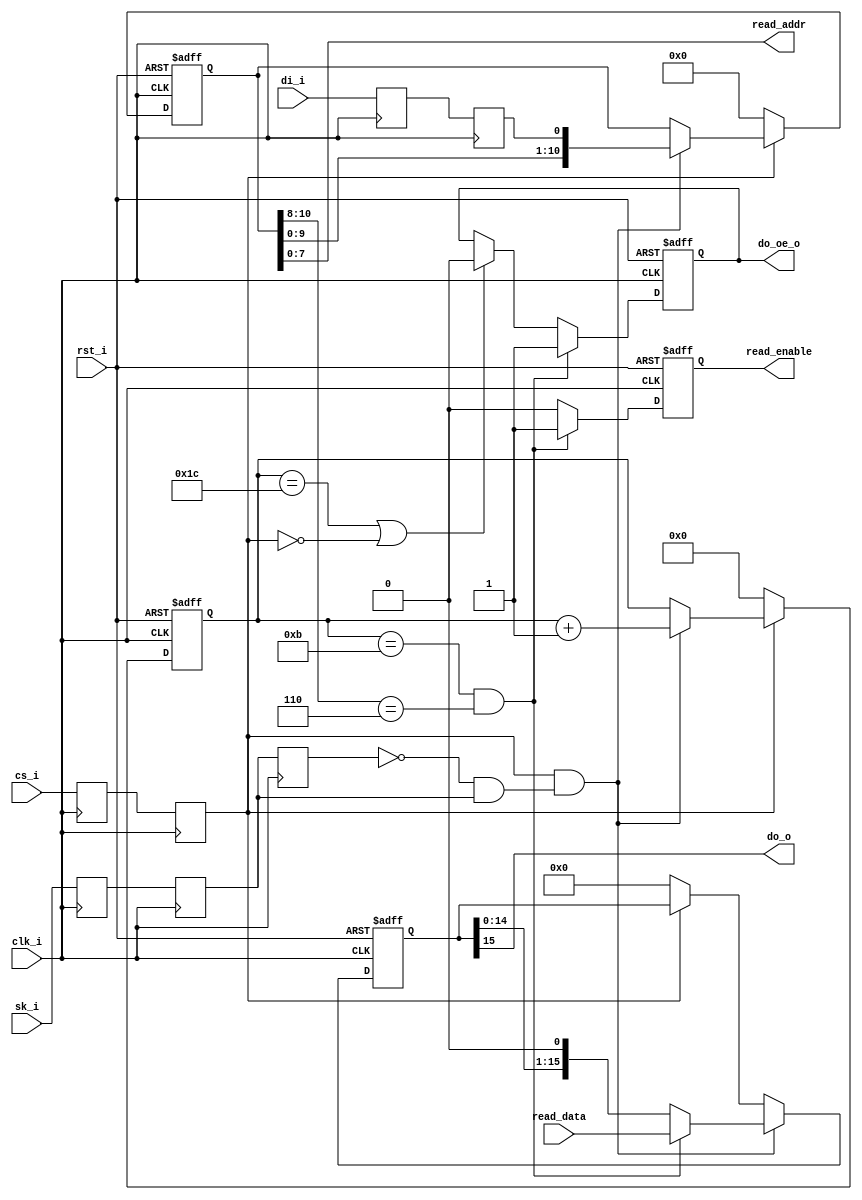
module eeprom_emu(
	input clk_i,
	input rst_i,

	input sk_i,
	input cs_i,
	input di_i,
	output do_o,
	output do_oe_o,

	output [7:0] read_addr,
	output read_enable,
	input [15:0] read_data
);

reg sk_0, sk_1, sk_2;
reg di_0, di_1;
reg cs_0, cs_1;
reg [10:0] data_in;
reg [5:0] data_cnt;
reg [15:0] data_out;
reg do_oe_r;
reg read_enable_r;

wire clk_rise;

assign clk_rise = !sk_2 && sk_1;
assign do_o = data_out[15];
assign do_oe_o = do_oe_r;
assign read_addr = data_in[7:0];
assign read_enable = read_enable_r;

always @(posedge clk_i)
begin
	sk_0 <= sk_i;
	sk_1 <= sk_0;
	sk_2 <= sk_1;
	di_0 <= di_i;
	di_1 <= di_0;
	cs_0 <= cs_i;
	cs_1 <= cs_0;
end

always @(posedge clk_i, posedge rst_i)
begin
	if(rst_i) begin
		data_in <= 'b0;
		data_cnt <= 'b0;
	end
	else if(!cs_1) begin
		data_in <= 'b0;
		data_cnt <= 'b0;
	end
	else if(cs_1 && clk_rise) begin
		data_in <= {data_in, di_1};
		data_cnt <= data_cnt+1;
	end
end

always @(posedge clk_i, posedge rst_i)
begin
	if(rst_i) begin
		do_oe_r <= 1'b0;
	end
	else if(data_cnt==11 && data_in[10:8]==3'b110) begin
		do_oe_r <= 1'b1;
	end
	else if(data_cnt==28 || !cs_1) begin
		do_oe_r <= 1'b0;
	end
end

always @(posedge clk_i, posedge rst_i)
begin
	if(rst_i) begin
		data_out <= 'b0;
	end
	else if(cs_1 && clk_rise) begin
		if(data_cnt==11 && data_in[10:8]==3'b110) begin
			data_out <= read_data;
		end
		else begin
			data_out <= {data_out, 1'b0};
		end
	end
	else if(!cs_1) begin
		data_out <= 'b0;
	end
end

always @(posedge clk_i, posedge rst_i)
begin
	if(rst_i) begin
		read_enable_r <= 1'b0;
	end
	else if(data_cnt==11 && data_in[10:8]==3'b110) begin
		read_enable_r <= 1'b1;
	end
	else begin
		read_enable_r <= 1'b0;
	end
end

endmodule